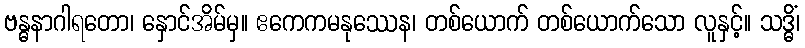
ဗန္ဓနာဂါရတော၊ နှောင်အိမ်မှ။ ဧကေကမနုဿေန၊ တစ်ယောက် တစ်ယောက်သော လူနှင့်။ သဒ္ဓိံ၊